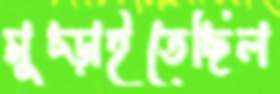
মুচ্‌ড়াইতেছিল